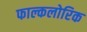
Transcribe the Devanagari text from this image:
फाल्कलोरिक